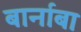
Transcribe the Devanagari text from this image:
बार्नाबा